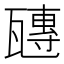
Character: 𤮍